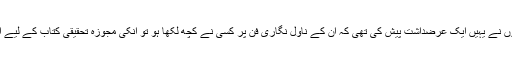
پچھلے دنوں انہوں نے یہیں ایک عرضداشت پیش کی تھی کہ ان کے ناول نگاری فن پر کسی نے کچھ لکھا ہو تو انکی مجوزہ تحقیقی کتاب کے لیے ارسال کیا جائے۔